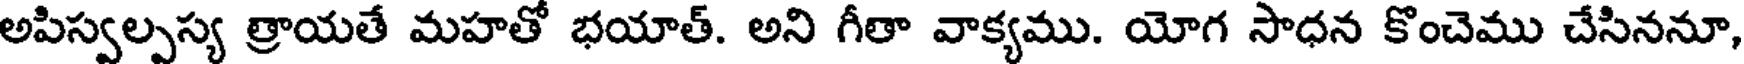
అపిస్వల్పస్య త్రాయతే మహతో భయాత్. అని గీతా వాక్యము. యోగ సాధన కొంచెము చేసిననూ,